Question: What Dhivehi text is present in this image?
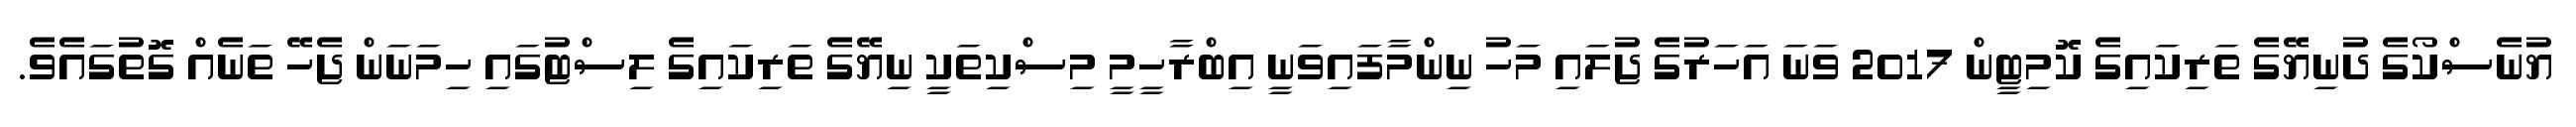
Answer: ޔުނެސްކޯގެ ދުނިޔޭގެ ތަރިކައިގެ ކޮމިޓީން 2017 ވަނަ އަހަރުގެ ޖުލައި މަހު ނިންމާފައިވަނީ އިބްރާހީމީ މިސްކިތަކީ ނިޔޭގެ ތަރިކައިގެ ލިސްޓުގައި ހިމަނަން ޖެހޭ ތަނެއް ގޮތުގައެވެ.